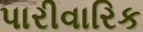
પારીવારિક